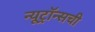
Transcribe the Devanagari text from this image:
न्यूट्रॉन्सची